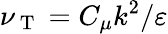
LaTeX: \nu_{\mathrm{~T~}}=C_{\mu}k^{2}/\varepsilon